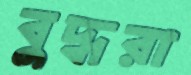
বুদ্ধরা